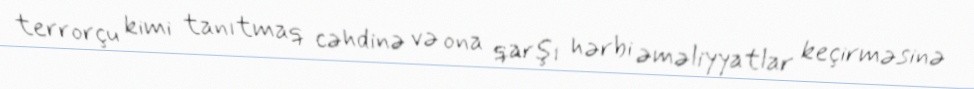
terrorçu kimi tanıtmaq cəhdinə və ona qarşı hərbi əməliyyatlar keçirməsinə